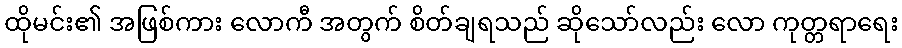
ထိုမင်း၏ အဖြစ်ကား လောကီ အတွက် စိတ်ချရသည် ဆိုသော်လည်း လော ကုတ္တရာရေး